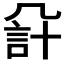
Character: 𧦔